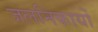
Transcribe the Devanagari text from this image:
जलनिकायों